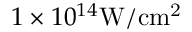
1 \times 1 0 ^ { 1 4 } \mathrm { { W / c m ^ { 2 } } }